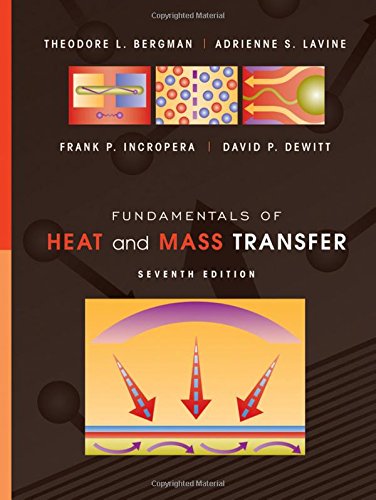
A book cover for Fundamentals of Heat and Mass Transfer; Theodore L. Bergman; Engineering & Transportation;